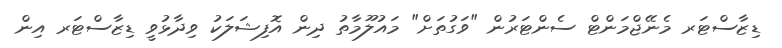
ޑިޒާސްޓަރ މެނޭޖްމަންޓް ސެންޓަރުން "ވަގުތަށް" މައުލޫމާތު ދިން އޮފިޝަލަކު ވިދާޅުވީ ޑިޒާސްޓަރ އިން